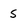
Character: S